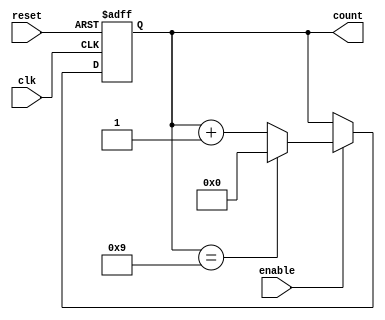
module modulus_counter #(
    parameter N = 4,            // Number of bits for the counter
    parameter MODULUS = 10      // Modulus value (must be less than 2^N)
)(
    input wire clk,             // Clock signal
    input wire reset,           // Asynchronous reset signal
    input wire enable,          // Enable signal
    output reg [N-1:0] count    // N-bit output for the current count value
);

    // Always block for synchronous logic
    always @(posedge clk or posedge reset) begin
        if (reset) begin
            count <= 0;         // Reset the count to 0
        end else if (enable) begin
            if (count == MODULUS - 1) begin
                count <= 0;     // Reset to 0 when reaching modulus
            end else begin
                count <= count + 1; // Increment the count
            end
        end
    end

endmodule